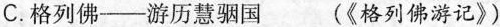
C.格列佛——游历慧骃国 (《格列佛游记》)